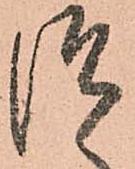
つ